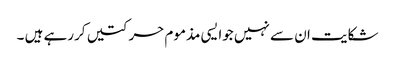
شکایت ان سے نہیں جوایسی مذموم حرکتیں کررہے ہیں ۔